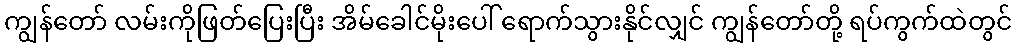
ကျွန်တော် လမ်းကိုဖြတ်ပြေးပြီး အိမ်ခေါင်မိုးပေါ် ရောက်သွားနိုင်လျှင် ကျွန်တော်တို့ ရပ်ကွက်ထဲတွင်